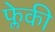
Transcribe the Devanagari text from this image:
फ्लेकी